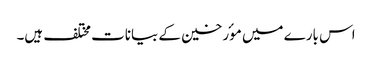
اس بارے میں موٴرخین کے بیانات مختلف ہیں۔